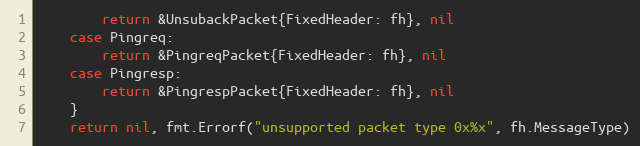
Language: Go
		return &UnsubackPacket{FixedHeader: fh}, nil
	case Pingreq:
		return &PingreqPacket{FixedHeader: fh}, nil
	case Pingresp:
		return &PingrespPacket{FixedHeader: fh}, nil
	}
	return nil, fmt.Errorf("unsupported packet type 0x%x", fh.MessageType)